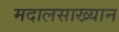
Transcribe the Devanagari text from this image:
मदालसाख्यान